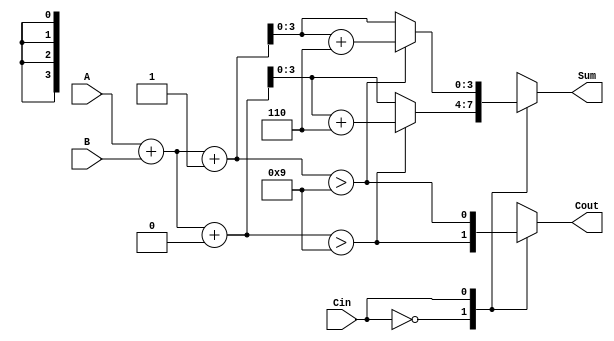
module BCD_MCSA (
    input  [3:0] A,      // BCD digit A
    input  [3:0] B,      // BCD digit B
    input        Cin,     // Carry-in
    output reg [3:0] Sum, // BCD Sum
    output reg Cout       // Carry-out
);

    // Intermediate sum signals
    wire [4:0] S0; // A + B + 0
    wire [4:0] S1; // A + B + 1
    wire C0, C1;   // Carry signals

    // Preliminary sum calculations
    assign S0 = A + B + 4'b0000;  // S0 = A + B + 0
    assign S1 = A + B + 4'b0001;  // S1 = A + B + 1

    // Carry generation
    assign C0 = S0 > 5'd9; // Carry-out when Cin = 0
    assign C1 = S1 > 5'd9; // Carry-out when Cin = 1

    // Selection logic to choose sum and carry based on Cin
    always @(*) begin
        case (Cin)
            1'b0: begin
                Sum = (C0) ? (S0 + 5'b00110) : S0; // Correct BCD addition
                Cout = C0;
            end
            1'b1: begin
                Sum = (C1) ? (S1 + 5'b00110) : S1; // Correct BCD addition
                Cout = C1;
            end
            default: begin
                Sum = 4'b0000; // Default case, should not hit
                Cout = 1'b0;
            end
        endcase
    end

endmodule